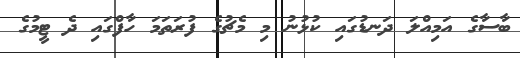
ބާސާގެ އަމިއްލަ ދަނޑުގައި ކުޅުނު މި މެޗުގެ ފުރަތަމަ ހާފްގައި ދެ ޓީމުގެ